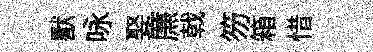
獸咏娶㢘戟笏箱惜